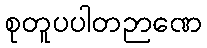
စုတူပပါတဉာဏေ